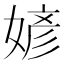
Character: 𪦎